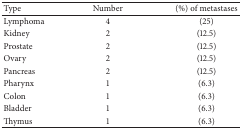
| Type | Number | (%) of metastases |
 | --- | --- | --- |
 | Lymphoma | 4 | (25) |
 | Kidney | 2 | (12.5) |
 | Prostate | 2 | (12.5) |
 | Ovary | 2 | (12.5) |
 | Pancreas | 2 | (12.5) |
 | Pharynx | 1 | (6.3) |
 | Colon | 1 | (6.3) |
 | Bladder | 1 | (6.3) |
 | Thymus | 1 | (6.3) |